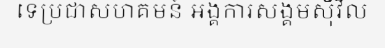
ទេប្រជាសហគមន៍ អង្គការសង្គមស៊ីវិល